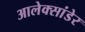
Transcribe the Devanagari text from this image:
आलेक्सांडेर